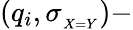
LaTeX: (q_{i},\sigma_{_{X=Y}})-